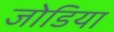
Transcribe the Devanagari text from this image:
जोडिया